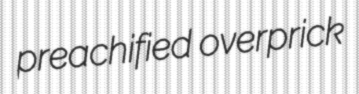
preachified overprick